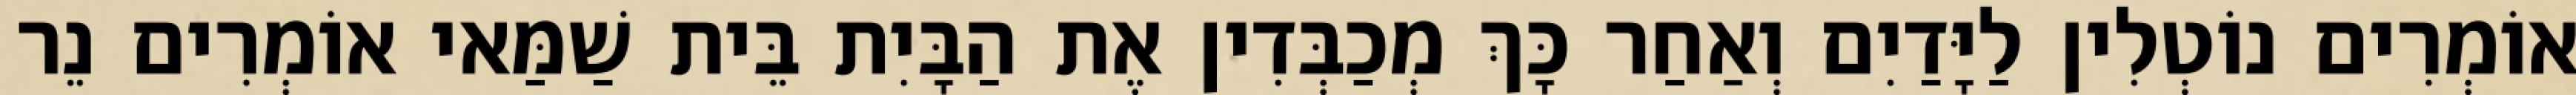
אוֹמְרִים נוֹטְלִין לַיָּדַיִם וְאַחַר כָּךְ מְכַבְּדִין אֶת הַבָּיִת בֵּית שַׁמַּאי אוֹמְרִים נֵר